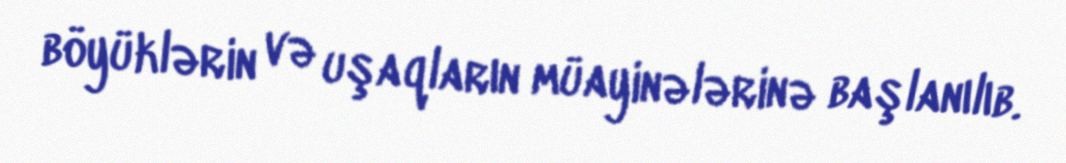
böyüklərin və uşaqların müayinələrinə başlanılıb.